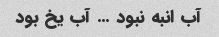
آب انبه نبود … آب یخ بود